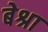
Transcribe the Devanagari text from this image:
बेश्रा